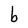
Character: b